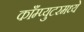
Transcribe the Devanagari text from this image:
काँम्प्युटरमध्ये